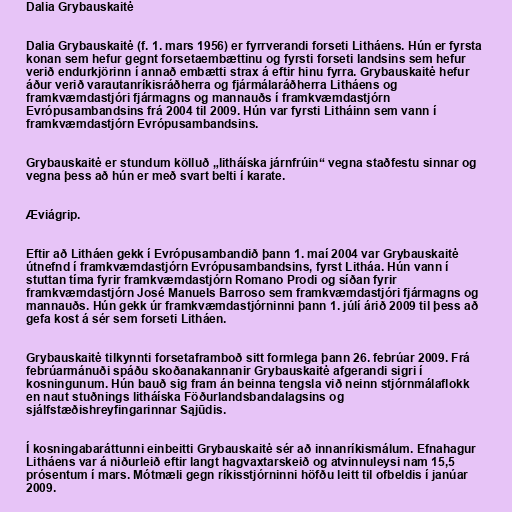
Dalia Grybauskaitė

Dalia Grybauskaitė (f. 1. mars 1956) er fyrrverandi forseti Litháens. Hún er fyrsta
konan sem hefur gegnt forsetaembættinu og fyrsti forseti landsins sem hefur
verið endurkjörinn í annað embætti strax á eftir hinu fyrra. Grybauskaitė hefur
áður verið varautanríkisráðherra og fjármálaráðherra Litháens og
framkvæmdastjóri fjármagns og mannauðs í framkvæmdastjórn
Evrópusambandsins frá 2004 til 2009. Hún var fyrsti Litháinn sem vann í
framkvæmdastjórn Evrópusambandsins.

Grybauskaitė er stundum kölluð „litháíska járnfrúin“ vegna staðfestu sinnar og
vegna þess að hún er með svart belti í karate.

Æviágrip.

Eftir að Litháen gekk í Evrópusambandið þann 1. maí 2004 var Grybauskaitė
útnefnd í framkvæmdastjórn Evrópusambandsins, fyrst Litháa. Hún vann í
stuttan tíma fyrir framkvæmdastjórn Romano Prodi og síðan fyrir
framkvæmdastjórn José Manuels Barroso sem framkvæmdastjóri fjármagns og
mannauðs. Hún gekk úr framkvæmdastjórninni þann 1. júlí árið 2009 til þess að
gefa kost á sér sem forseti Litháen.

Grybauskaitė tilkynnti forsetaframboð sitt formlega þann 26. febrúar 2009. Frá
febrúarmánuði spáðu skoðanakannanir Grybauskaitė afgerandi sigri í
kosningunum. Hún bauð sig fram án beinna tengsla við neinn stjórnmálaflokk
en naut stuðnings litháíska Föðurlandsbandalagsins og
sjálfstæðishreyfingarinnar Sąjūdis.

Í kosningabaráttunni einbeitti Grybauskaitė sér að innanríkismálum. Efnahagur
Litháens var á niðurleið eftir langt hagvaxtarskeið og atvinnuleysi nam 15,5
prósentum í mars. Mótmæli gegn ríkisstjórninni höfðu leitt til ofbeldis í janúar
2009.